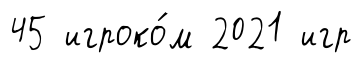
45 игроко́м 2021 игр